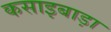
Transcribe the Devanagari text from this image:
कसाइबाड़ा